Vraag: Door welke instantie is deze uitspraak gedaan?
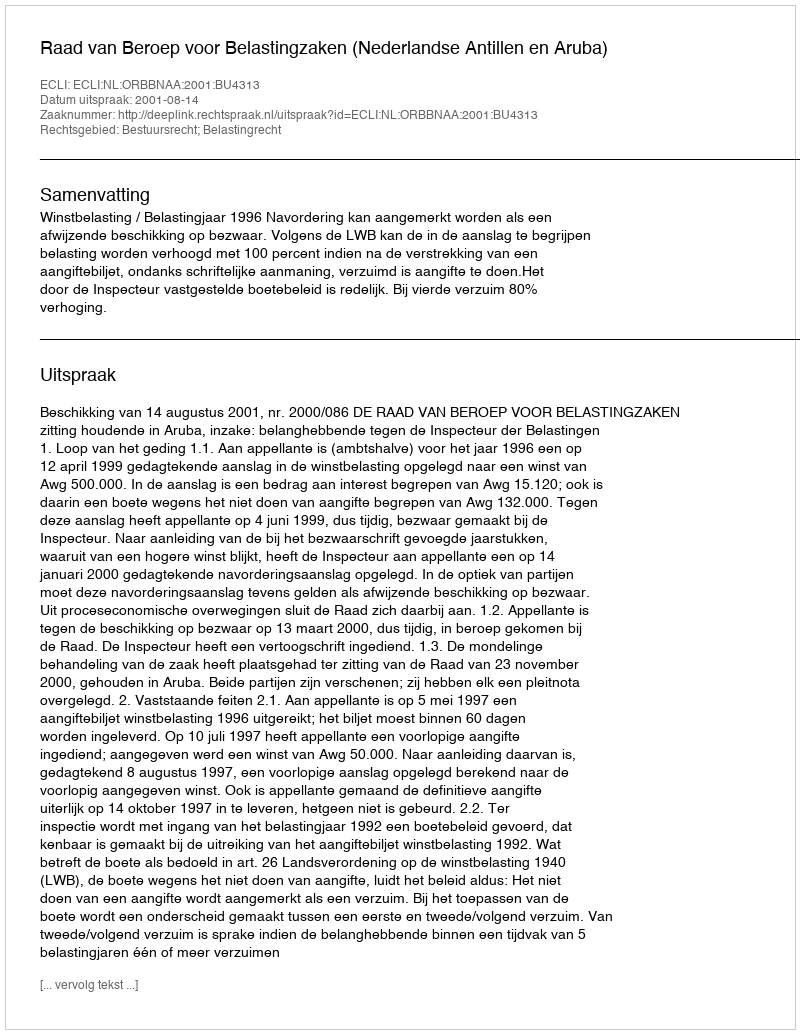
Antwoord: Raad van Beroep voor Belastingzaken (Nederlandse Antillen en Aruba)